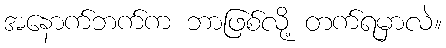
အနောက်ဘက်က ဘာဖြစ်လို့ တက်ရမှာလဲ။